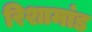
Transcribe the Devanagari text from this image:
रिशामांड